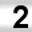
Digit: 2